Distribution and causation of leprosy in British India
Year: 1875
Disease focus: Leprosy
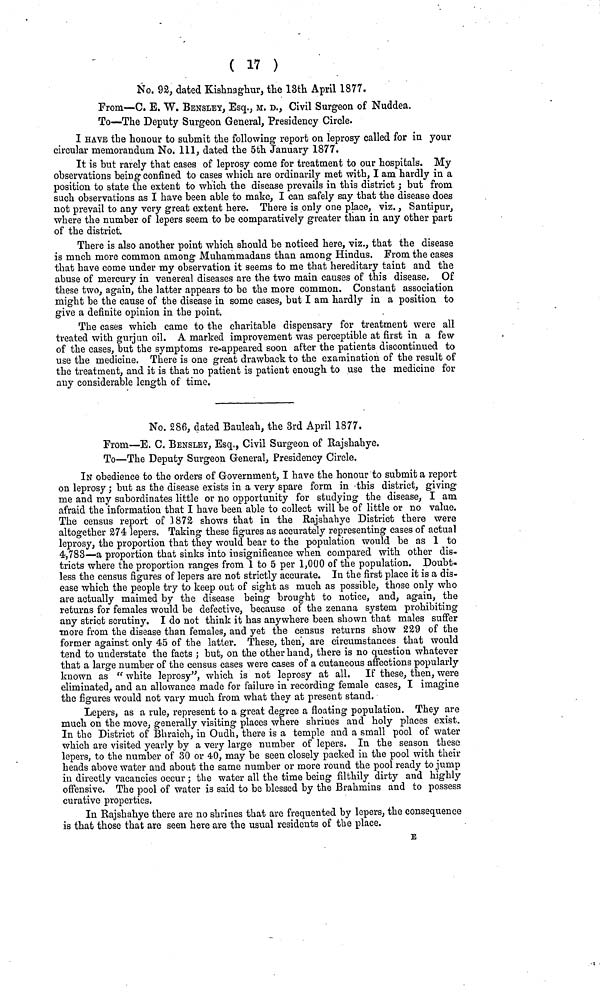
( 17 )
No. 92, dated Kishnaghur, the 13th April 1877.
From—C. E. W. BENSLEY, Esq., M. D., Civil Surgeon of Nuddea.
To—The Deputy Surgeon General, Presidency Circle.
I HAVE the honour to submit the following report on leprosy called for in your
circular memorandum No.111, dated the 5th January 1877.
It is but rarely that cases of leprosy come for treatment to our hospitals. My
observations being confined to cases which are ordinarily met with, I am hardly in a
position to state the extent to which the disease prevails in this district ; but from
such observations as I have been able to make, I can safely say that the disease does
not prevail to any very great extent here. There is only one place, viz., Santipur,
where the number of lepers seem to be comparatively greater than in any other part
of the district.
There is also another point which should be noticed here, viz., that the disease
is much more common among Muhammadans than among Hindus. From the cases
that have come under my observation it seems to me that hereditary taint and the
abuse of mercury in venereal diseases are the two main causes of this disease, Of
these two, again, the latter appears to be the more common. Constant association
might be the cause of the disease in some cases, but I am hardly in a position to
give a definite opinion in the point.
The cases which came to the charitable dispensary for treatment were all
treated with gurjun oil. A marked improvement was perceptible at first in a few
of the cases, but the symptoms re-appeared soon after the patients discontinued to
use the medicine. There is one great drawback to the examination of the result of
the treatment, and it is that no patient is patient enough to use the medicine for
any considerable length of time.
No. 286, dated Bauleah, the 3rd April 1877.
From—E. C. BENSLEY, Esq., Civil Surgeon of Rajshahye.
To—The Deputy Surgeon General, Presidency Circle.
IN obedience to the orders of Government, I have the honour to submit a report
on leprosy ; but as the disease exists in a very spare form in this district, giving
me and my subordinates little or no opportunity for studying the disease, I am
afraid the information that I have been able to collect will be of little or no value.
The census report of 1872 shows that in the Rajshahye District there were
altogether 274 lepers. Taking these figures as accurately representing cases of actual
leprosy, the proportion that they would bear to the population would be as 1 to
4,783—a proportion that sinks into insignificance when compared with other dis-
tricts where the proportion ranges from 1 to 5 per 1,000 of the population. Doubt-
less the census figures of lepers are not strictly accurate. In the first place it is a dis-
ease which the people try to keep out of sight as much as possible, those only who
are actually maimed by the disease being brought to notice, and, again, the
returns for females would be defective, because of the zenana system prohibiting
any strict scrutiny. I do not think it has anywhere been shown that males suffer
•more from the disease than females, and yet the census returns show 229 of the
former against only 45 of the latter. These, then, are circumstances that would
tend to understate the facts ; but, on the other hand, there is no question whatever
that a large number of the census cases were cases of a cutaneous affections popularly
known as " white leprosy", which is not leprosy at all. If these, then, were
eliminated, and an allowance made for failure in recording female cases, I imagine
the figures would not vary much from what they at present stand.
Lepers, as a rule, represent to a great degree a floating population. They are
much on the move, generally visiting places where shrines and holy places exist.
In the District of Bhraich, in Oudh, there is a temple and a small pool of water
which are visited yearly by a very large number of lepers. In the season these
lepers, to the number of 30 or 40, may be seen closely packed in the pool with their
heads above water and about the same number or more round the pool ready to jump
in directly vacancies occur ; the water all the time being filthily dirty and highly
offensive. The pool of water is said to be blessed by the Brahmins and to possess
curative properties.
In Rajshahye there are no shrines that are frequented by lepers, the consequence
is that those that are seen here are the usual residents of the place.
E